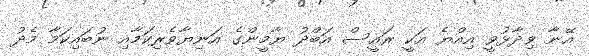
އޭނާ ވިދާޅުވީ އިއްޔެ އަކީ ރައީސް އަބްދު ޔާމީންގެ އަނިޔާވެރިކަމާއި ނުބައިކަމާ މެދު